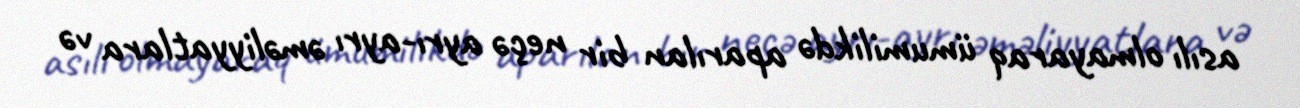
asılı olmayaraq ümumilikdə aparılan bir neçə ayrı-ayrı əməliyyatlara və